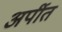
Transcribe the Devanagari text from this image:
अर्पीत